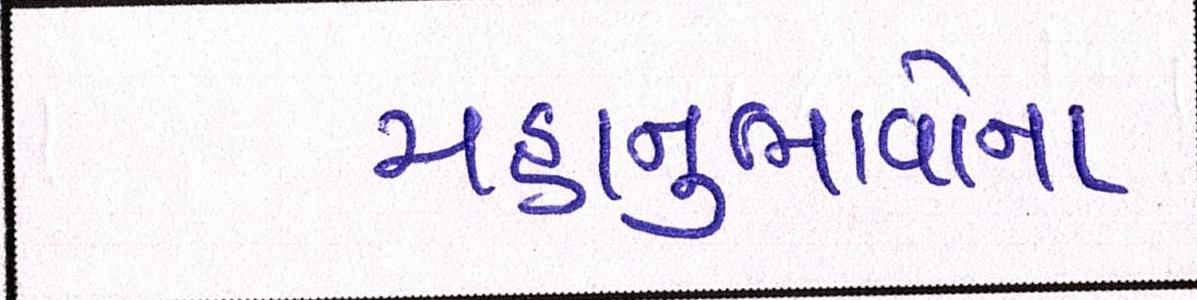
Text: મહાનુભાવોના